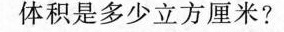
体积是多少立方厘米?